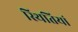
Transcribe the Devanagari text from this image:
स्‍थितियां